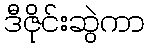
ဒီဇိုင်းဆွဲကာ